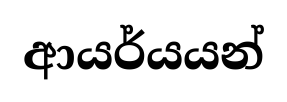
ආයර්යයන්